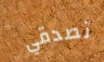
تصدقي